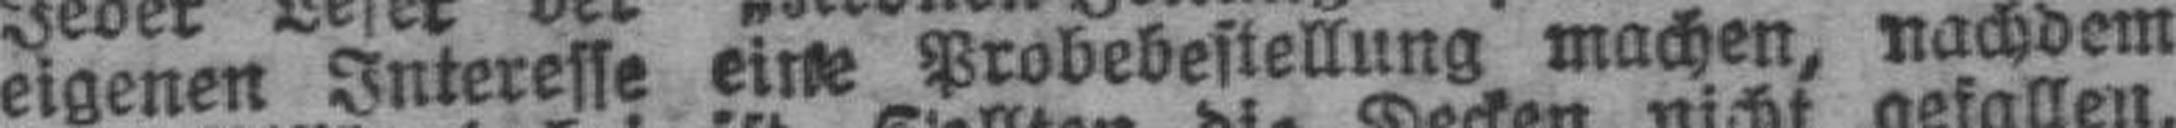
eigenen Interesse eine Probebestellung machen, nachdem